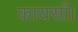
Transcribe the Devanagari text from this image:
कायसाँ।